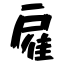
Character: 雇